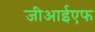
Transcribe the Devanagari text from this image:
जीआईएफ